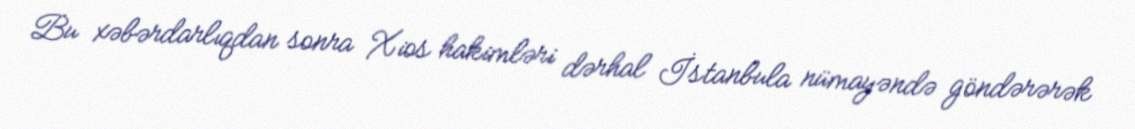
Bu xəbərdarlıqdan sonra Xios hakimləri dərhal İstanbula nümayəndə göndərərək